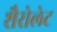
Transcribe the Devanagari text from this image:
शैरोलेट